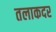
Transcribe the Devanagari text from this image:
तलाकदर